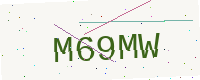
Text: M69MW